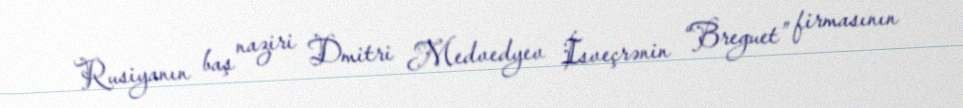
Rusiyanın baş naziri Dmitri Medvedyev İsveçrənin “Breguet” firmasının